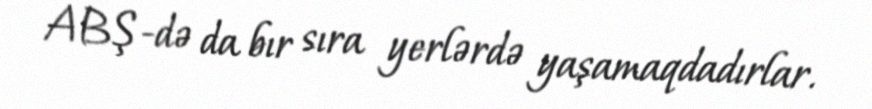
ABŞ-də da bır sıra yerlərdə yaşamaqdadırlar.